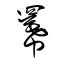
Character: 羃